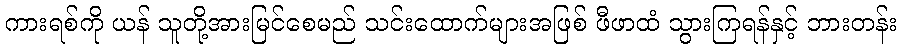
ကားရစ်ကို ယန် သူတို့အားမြင်စေမည် သင်းထောက်များအဖြစ် ဖီဖာထံ သွားကြရန်နှင့် ဘားတန်း